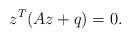
\begin{align*} z^T(Az+q)=0. \end{align*}